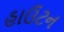
હાઉટન